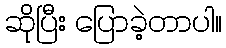
ဆိုပြီး ပြောခဲ့တာပါ။